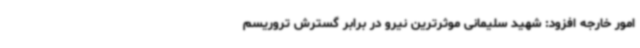
امور خارجه افزود: شهید سلیمانی موثرترین نیرو در برابر گسترش تروریسم